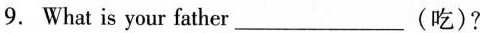
9.What is your father___(吃)?